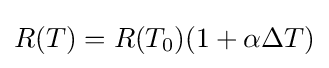
R(T)=R(T_{0})(1+\alpha \Delta T)